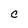
Character: c